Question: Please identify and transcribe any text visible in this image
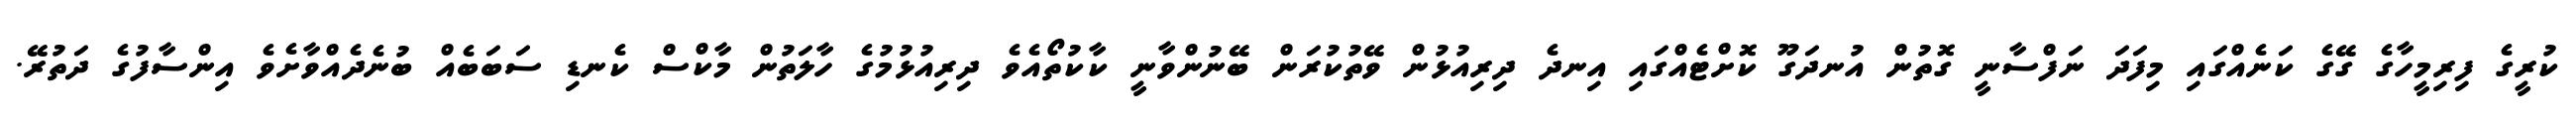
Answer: ކުރީގެ ފިރިމީހާގެ ގޭގެ ކަނެއްގައި މިފަދަ ނަފްސާނީ ގޮތުން އުނދަގޫ ކޮށްޓެއްގައި އިނދެ ދިރިއުޅުން ވޭތުކުރަން ބޭނުންވާނީ ކާކުތޯއެވެ ދިރިއުޅުމުގެ ހާލަތުން މާކްސް ކެނޑި ސަބަބެއް ބުނެދެއްވާށެވެ އިންސާފުގެ ދަތުރޭ.